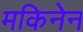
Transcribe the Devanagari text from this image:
मकिनेन